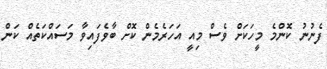
ފެނުނު ކޮންމެ މީހަކަށް ވެސް މިއީ އަހަރެމެން ކޮށް ބާވެފައިވާ މަސައްކަތެއް ކަން